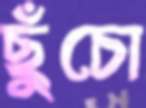
ছুঁচো